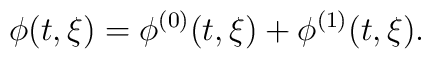
\phi (t , \xi) = \phi^{(0)} (t , \xi) + \phi^{(1)} (t , \xi).